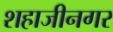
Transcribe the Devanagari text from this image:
शहाजीनगर